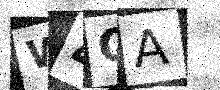
Text: W4QA